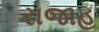
રાજાહ